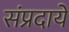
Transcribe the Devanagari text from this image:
संप्रदायें